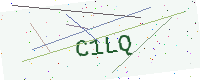
Text: C1LQ